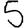
Digit: 5